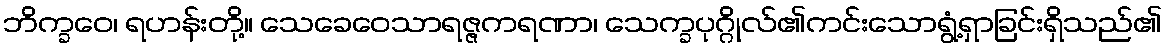
ဘိက္ခဝေ၊ ရဟန်းတို့။ သေခေဝေသာရဇ္ဇကရဏာ၊ သေက္ခပုဂ္ဂိုလ်၏ကင်းသောရွံ့ရှာခြင်းရှိသည်၏